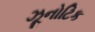
ઝૂનોટિક